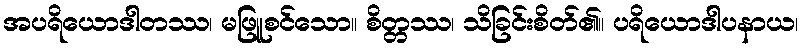
အပရိယောဒါတဿ၊ မဖြူစင်သော။ စိတ္တဿ၊ သိခြင်းစိတ်၏။ ပရိယောဒါပနာယ၊